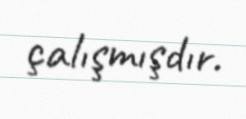
çalışmışdır.